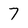
Character: 7